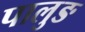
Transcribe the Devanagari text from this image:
पालुङ